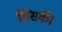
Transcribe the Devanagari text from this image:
सिसकी